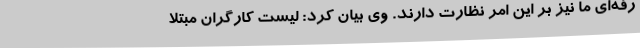
رفه‌ای ما نیز بر این امر نظارت دارند. وی بیان کرد: لیست کارگران مبتلا